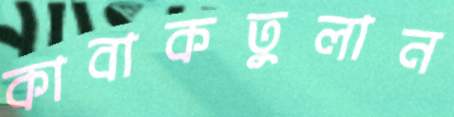
কাবাকতুলান